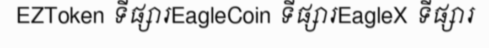
EZToken ទីផ្សារEagleCoin ទីផ្សារEagleX ទីផ្សារ